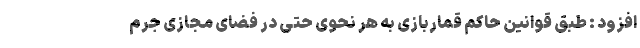
افزود : طبق قوانین حاکم قماربازی به هر نحوی حتی در فضای مجازی جرم